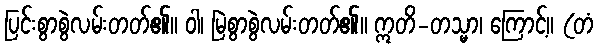
ပြင်းစွာစွဲလမ်းတတ်၏။ ဝါ၊ မြဲစွာစွဲလမ်းတတ်၏။ ဣတိ-တသ္မာ၊ ကြောင့်။ (တံ